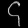
Digit: ၄